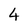
Character: 4